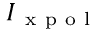
I _ { \mathrm { ~ x ~ p ~ o ~ l ~ } }